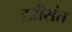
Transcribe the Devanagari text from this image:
स्त्रीसंत